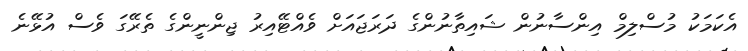
އެކަމަކު މުސްލިމް އިންސާނުން ޝައިތާނުންގެ ދަރަޖައަށް ވެއްޓޭއިރު ޖިންނީންގެ ތެރޭގަ ވެސް އުޅޭނެ